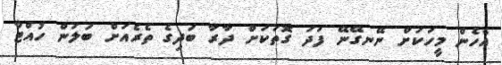
އެހެން މީހަކަށް ނޭނގޭނޭ ފަދަ ގޮތަކަށް ދާރާ ބަދިގެ ތެރެއަށް ބަލަން ހުއްޓާ